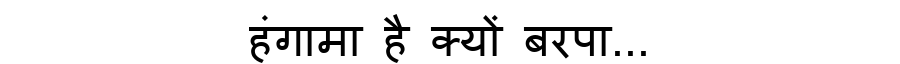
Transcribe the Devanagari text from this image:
हंगामा है क्यों बरपा...